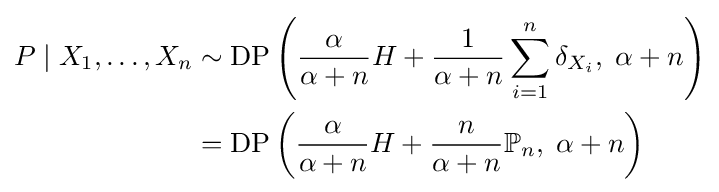
{\begin{aligned}P\mid X_{1},\ldots ,X_{n}&\sim {\textrm {DP}}\left({\frac {\alpha }{\alpha +n}}H+{\frac {1}{\alpha +n}}\sum _{i=1}^{n}\delta _{X_{i}},\;\alpha +n\right)\\&={\textrm {DP}}\left({\frac {\alpha }{\alpha +n}}H+{\frac {n}{\alpha +n}}\mathbb {P} _{n},\;\alpha +n\right)\end{aligned}}